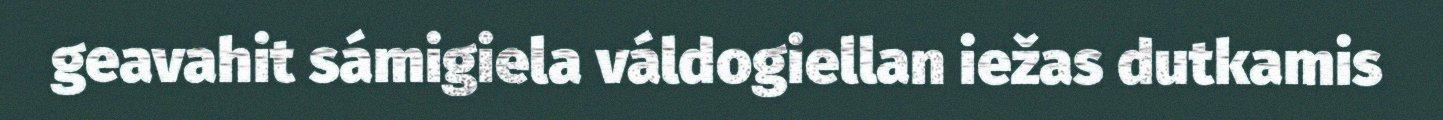
geavahit sámigiela váldogiellan iežas dutkamis